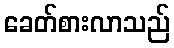
ခေတ်စားလာသည်